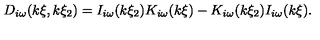
D _ { i \omega } ( k \xi , k \xi _ { 2 } ) = I _ { i \omega } ( k \xi _ { 2 } ) K _ { i \omega } ( k \xi ) - K _ { i \omega } ( k \xi _ { 2 } ) I _ { i \omega } ( k \xi ) .